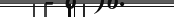
٥٤